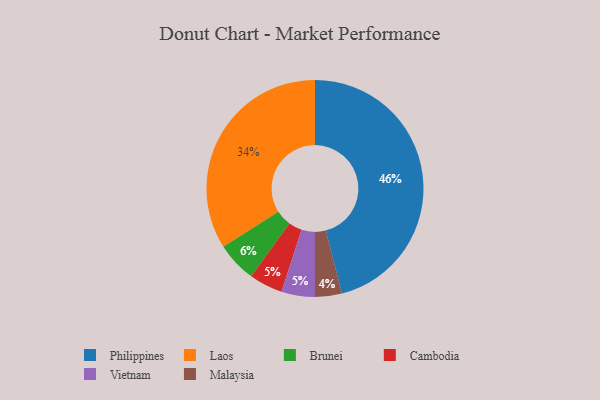
{"axis": {"x": "Category", "y": "Percentage"}, "legend": ["Brunei", "Cambodia", "Laos", "Malaysia", "Philippines", "Vietnam"], "data": [{"x": "Cambodia", "y": 5, "type": "Cambodia"}, {"x": "Laos", "y": 34, "type": "Laos"}, {"x": "Malaysia", "y": 4, "type": "Malaysia"}, {"x": "Brunei", "y": 6, "type": "Brunei"}, {"x": "Vietnam", "y": 5, "type": "Vietnam"}, {"x": "Philippines", "y": 46, "type": "Philippines"}]}